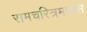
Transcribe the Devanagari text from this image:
रामचरित्रमानस